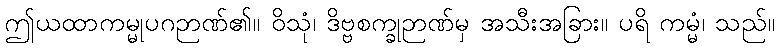
ဤယထာကမ္မုပဂဉာဏ်၏။ ဝိသုံ၊ ဒိဗ္ဗစက္ခုဉာဏ်မှ အသီးအခြား။ ပရိ ကမ္မံ၊ သည်။